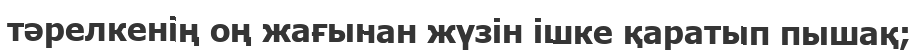
тәрелкенің оң жағынан жүзін ішке қаратып пышақ;